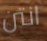
انتن